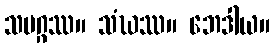
သမဂ္ဂဿ။ သံဃဿ။ ဘေဒါယ။